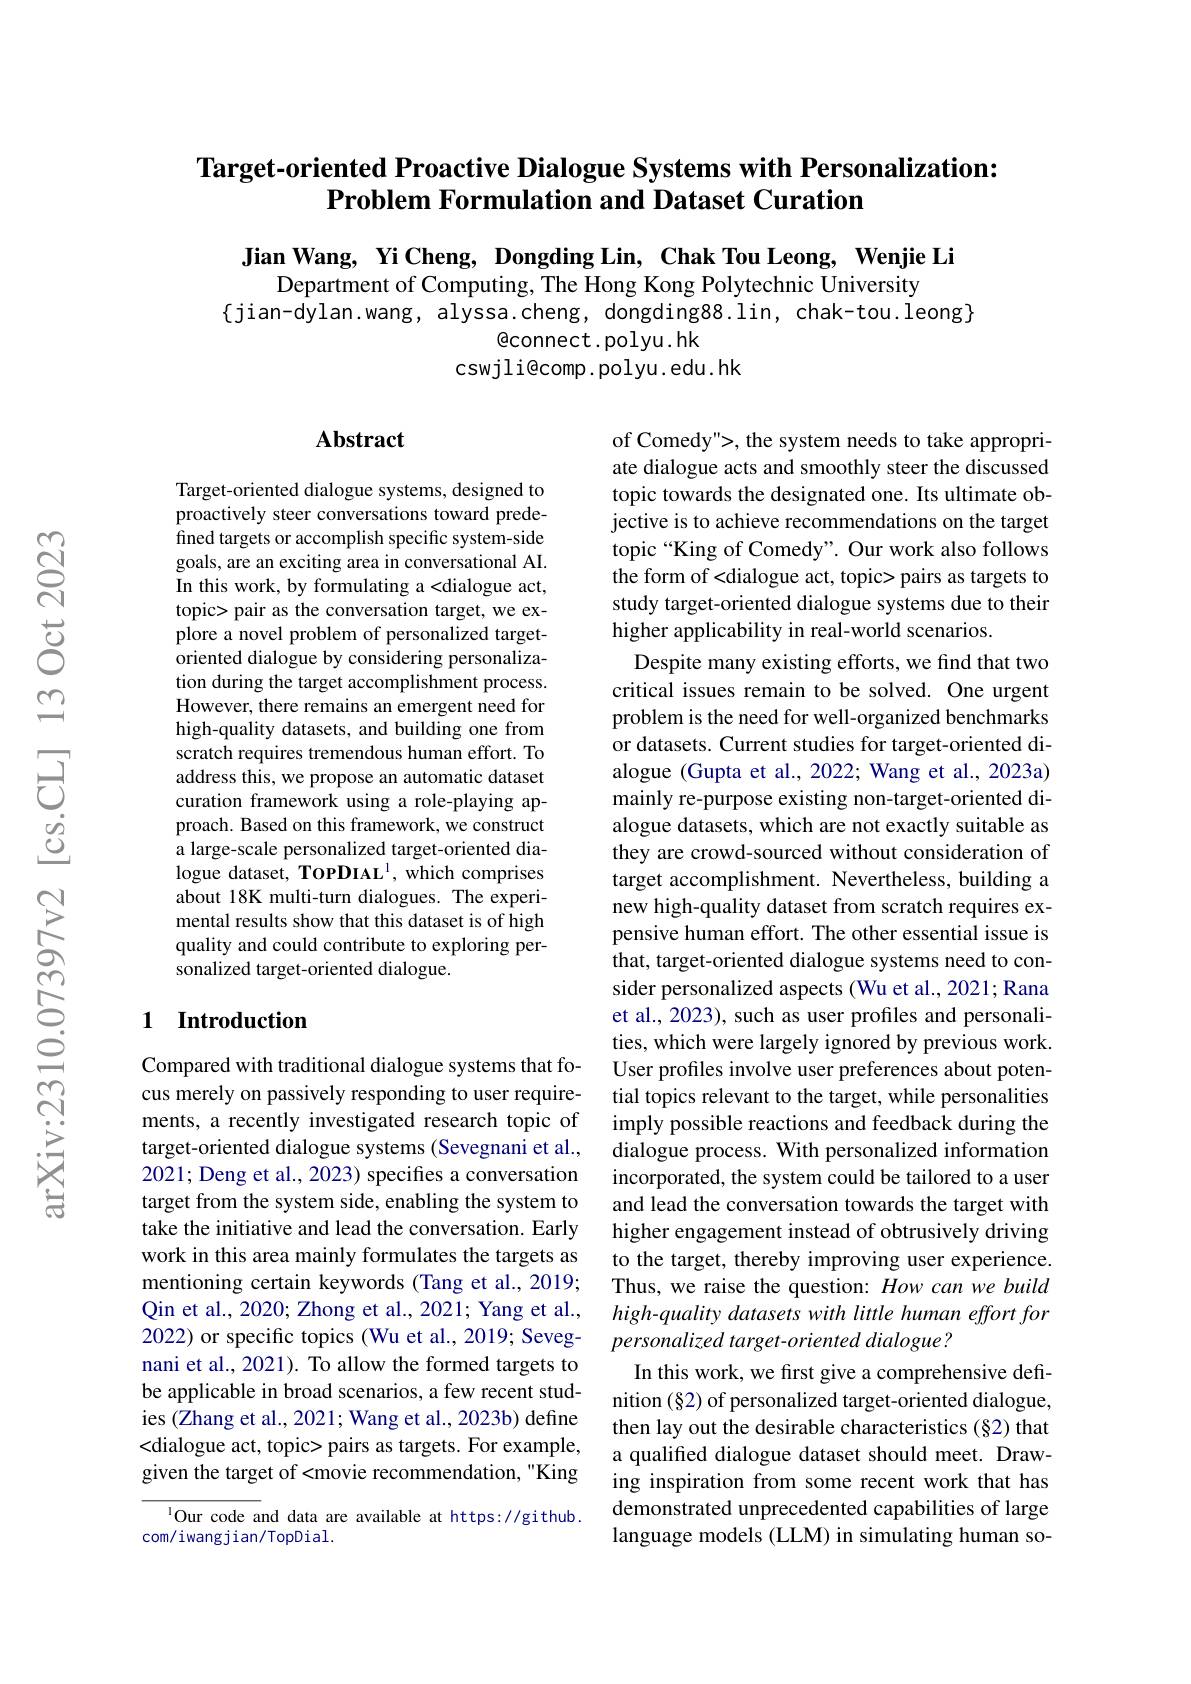
## Target-oriented Proactive Dialogue Systems with Personalization: Problem Formulation and Dataset Curation

Jian Wang, Yi Cheng, Dongding Lin, Chak Tou Leong, Wenjie Li
Department of Computing, The Hong Kong Polytechnic University
$\{$jian-dylan.wang, alyssa.cheng, dongding88.lin, chak-tou.leong}
$\textcircled{\mathrm{connect.polyu.hk}}$
cswjli@comp.polyu.edu.hk

### $\mathbf{Abstract}$

Target-oriented dialogue systems, designed to proactively steer conversations toward predefined targets or accomplish specific system-side goals, are an exciting area in conversational AI. In this work, by formulating a <dialogue act, topic> pair as the conversation target, we explore a novel problem of personalized targetoriented dialogue by considering personalization during the target accomplishment process. However, there remains an emergent need for high-quality datasets, and building one from scratch requires tremendous human effort. To address this, we propose an automatic dataset curation framework using a role-playing approach. Based on this framework, we construct a large-scale personalized target-oriented dialogue dataset, TopDIAL$^1$, which comprises about 18K multi-turn dialogues. The experimental results show that this dataset is of high quality and could contribute to exploring personalized target-oriented dialogue.

of Comedy">, the system needs to take appropriate dialogue acts and smoothly steer the discussed topic towards the designated one. Its ultimate objective is to achieve recommendations on the target topic “King of Comedy". Our work also follows the form of<dialogue act, topic> pairs as targets to study target-oriented dialogue systems due to their higher applicability in real-world scenarios.
Despite many existing efforts, we find that two critical issues remain to be solved. One urgent problem is the need for well-organized benchmarks or datasets. Current studies for target-oriented dialogue (Gupta et al., 2022; Wang et al., 2023a) mainly re-purpose existing non-target-oriented dialogue datasets, which are not exactly suitable as they are crowd-sourced without consideration of target accomplishment. Nevertheless, building a new high-quality dataset from scratch requires expensive human effort. The other essential issue is that, target-oriented dialogue systems need to consider personalized aspects (Wu et al., 2021; Rana et al., 2023), such as user profiles and personalities, which were largely ignored by previous work. User profiles involve user preferences about potential topics relevant to the target, while personalities imply possible reactions and feedback during the dialogue process. With personalized information incorporated, the system could be tailored to a user and lead the conversation towards the target with higher engagement instead of obtrusively driving to the target, thereby improving user experience. Thus, we raise the question: How can we build high-quality datasets with little human effort for personalized target-oriented dialogue?
In this work, we fırst give a comprehensive defınition (§2) of personalized target-oriented dialogue, then lay out the desirable characteristics (§2) that a qualifed dialogue dataset should meet. Drawing inspiration from some recent work that has demonstrated unprecedented capabilities of large language models (LLM) in simulating human so-

## 1 Introduction

Compared with traditional dialogue systems that focus merely on passively responding to user requirements, a recently investigated research topic of target-oriented dialogue systems (Sevegnani et al., 2021; Deng et al., 2023) specifes a conversation target from the system side, enabling the system to take the initiative and lead the conversation. Early work in this area mainly formulates the targets as mentioning certain keywords (Tang et al., 2019; Qin et al., 2020; Zhong et al., 2021; Yang et al., 2022) or specific topics (Wu et al., 2019; Sevegnani et al., 2021). To allow the formed targets to be applicable in broad scenarios, a few recent studies (Zhang et al., 2021; Wang et al., 2023b) define <dialogue act, topic> pairs as targets. For example, given the target of <movie recommendation, "King

$^{1}$Our code and data are available at https://github.
com/iwangjian/TopDial.